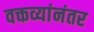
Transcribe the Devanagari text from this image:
वक्तव्यांनंतर